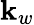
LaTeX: \mathbf{k}_{w}